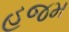
હજમ